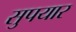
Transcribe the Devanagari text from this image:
सुपयार